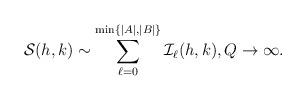
LaTeX: \begin{align*}\mathcal{S}(h,k) \sim \sum_{\ell=0}^{\min\{|A|,|B|\}}\mathcal{I}_\ell(h,k), Q \to \infty.\end{align*}